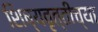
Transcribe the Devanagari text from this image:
शिष्यवृत्तीच्या